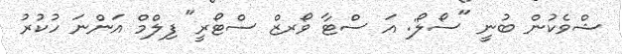
ޝްވެކުން ބުނީ "ސޯލޯ: އަ ސްޓާ ވޯރޒް ސްޓޯރީ" ފިލްމް އަންނަ ހުކުރު